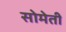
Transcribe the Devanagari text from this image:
सोमेती